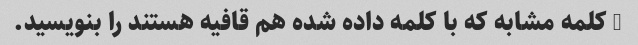
2 کلمه مشابه که با کلمه داده شده هم قافیه هستند را بنویسید.